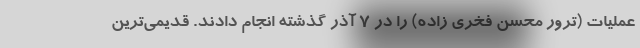
عملیات (ترور محسن فخری زاده) را در 7 آذر گذشته انجام دادند. قدیمی‌ترین